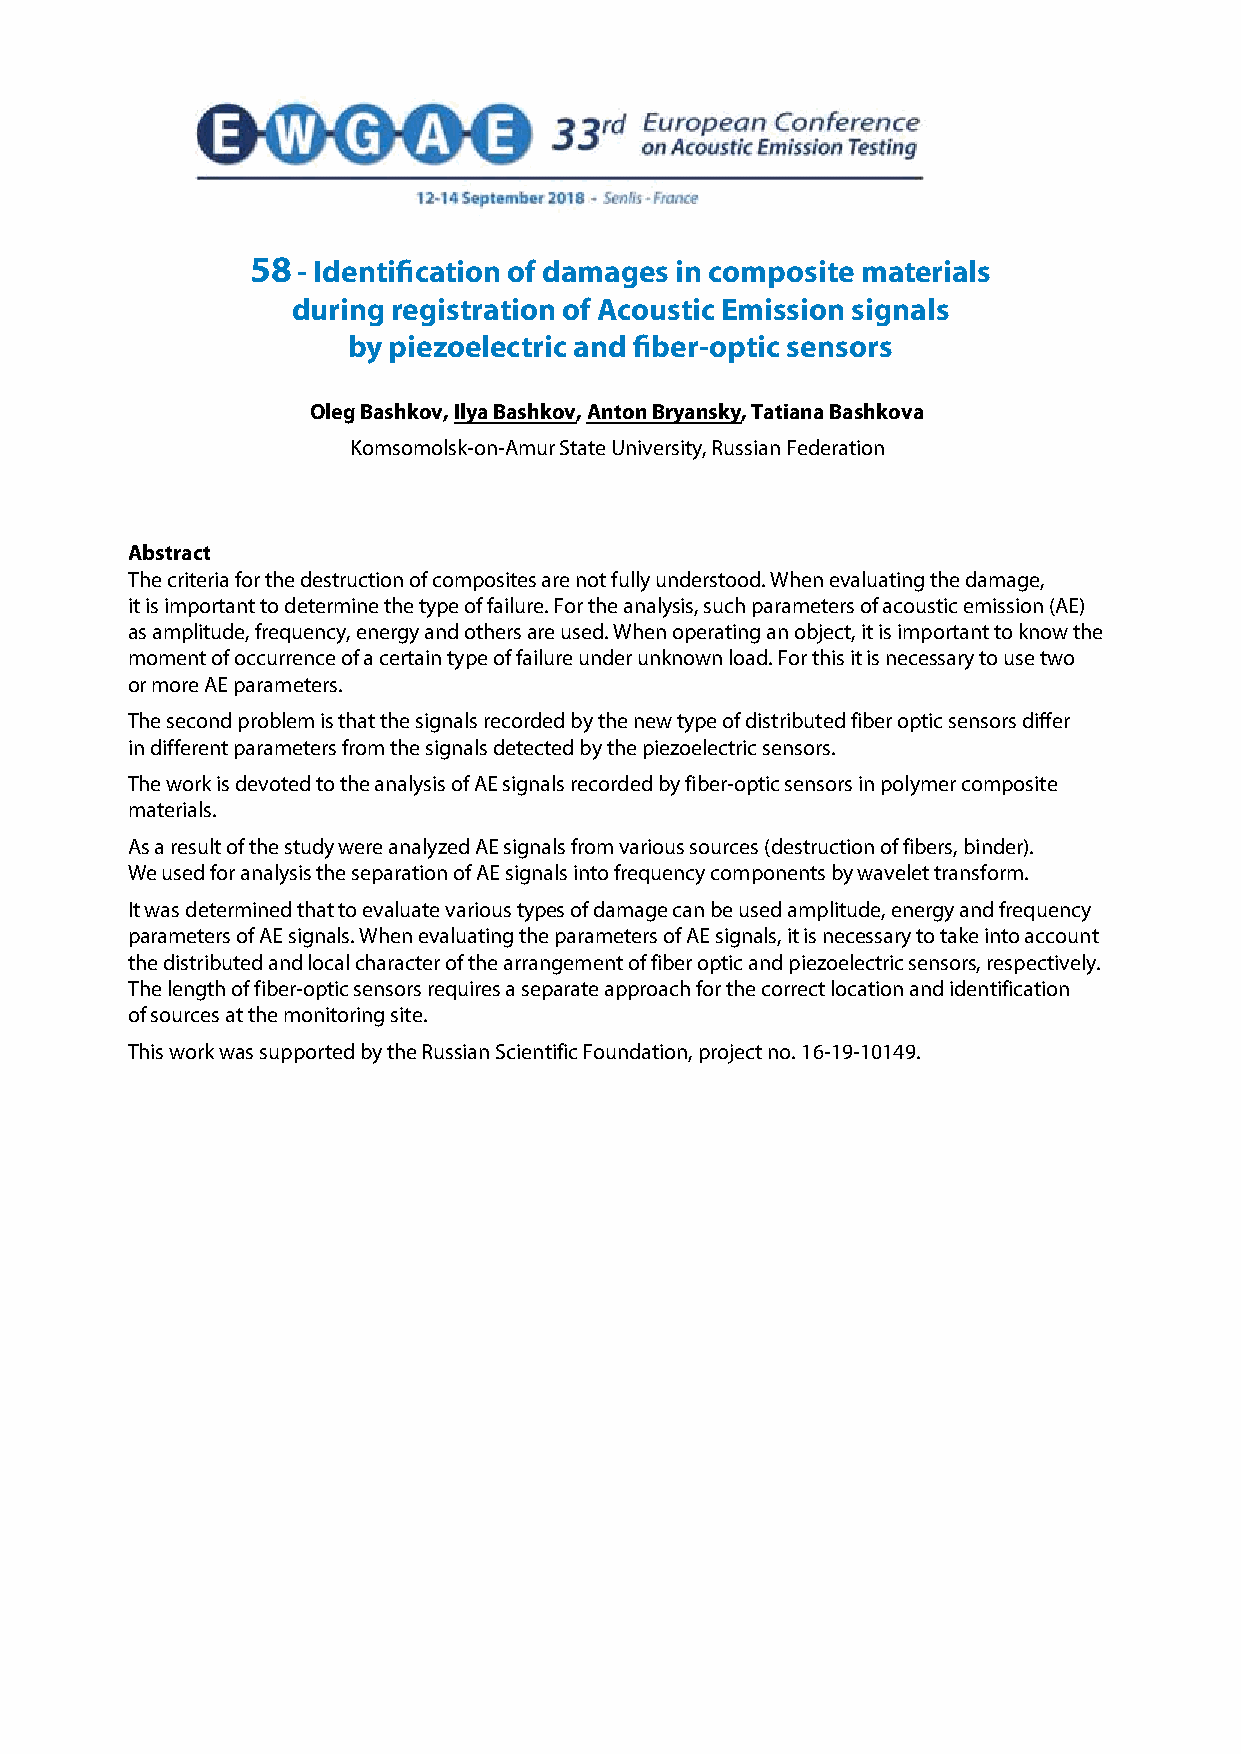
58 - Identification of damages in composite materials
 during registration of Acoustic Emission signals
 by piezoelectric and fiber-optic sensors
 Oleg Bashkov, Ilya Bashkov, Anton Bryansky, Tatiana Bashkova
 Komsomolsk-on-Amur State University, Russian Federation
 Abstract
 The criteria for the destruction of composites are not fully understood. When evaluating the damage,
 it is important to determine the type of failure. For the analysis, such parameters of acoustic emission (AE)
 as amplitude, frequency, energy and others are used. When operating an object, it is important to know the
 moment of occurrence of a certain type of failure under unknown load. For this it is necessary to use two
 or more AE parameters.
 The second problem is that the signals recorded by the new type of distributed fiber optic sensors differ
 in different parameters from the signals detected by the piezoelectric sensors.
 The work is devoted to the analysis of AE signals recorded by fiber-optic sensors in polymer composite
 materials.
 As a result of the study were analyzed AE signals from various sources (destruction of fibers, binder).
 We used for analysis the separation of AE signals into frequency components by wavelet transform.
 It was determined that to evaluate various types of damage can be used amplitude, energy and frequency
 parameters of AE signals. When evaluating the parameters of AE signals, it is necessary to take into account
 the distributed and local character of the arrangement of fiber optic and piezoelectric sensors, respectively.
 The length of fiber-optic sensors requires a separate approach for the correct location and identification
 of sources at the monitoring site.
 This work was supported by the Russian Scientific Foundation, project no. 16-19-10149.